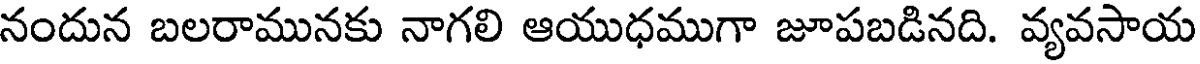
నందున బలరామునకు నాగలి ఆయుధముగా జూపబడినది. వ్యవసాయ